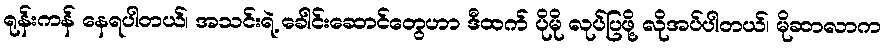
ရုန်းကန် နေရပါတယ်၊ အသင်းရဲ့ ခေါင်းဆောင်တွေဟာ ဒီထက် ပိုမို လုပ်ပြဖို့ လိုအပ်ပါတယ်၊ မိုဆာလာက